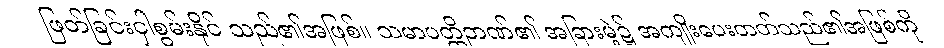
ဖြတ်ခြင်းငှါစွမ်းနိုင် သည်၏အဖြစ်။ သမာပတ္တိဉာဏ်၏ အခြားမဲ့၌ အကျိုးပေးတတ်သည်၏အဖြစ်ကို